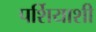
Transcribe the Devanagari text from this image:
पर्शियाशी